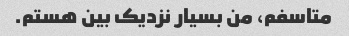
متاسفم، من بسیار نزدیک بین هستم.